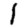
Digit: 1